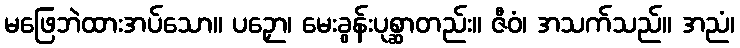
မဖြေဘဲထားအပ်သော။ ပဉှော၊ မေးခွန်းပုစ္ဆာတည်း။ ဇီဝံ၊ အသက်သည်။ အညံ၊